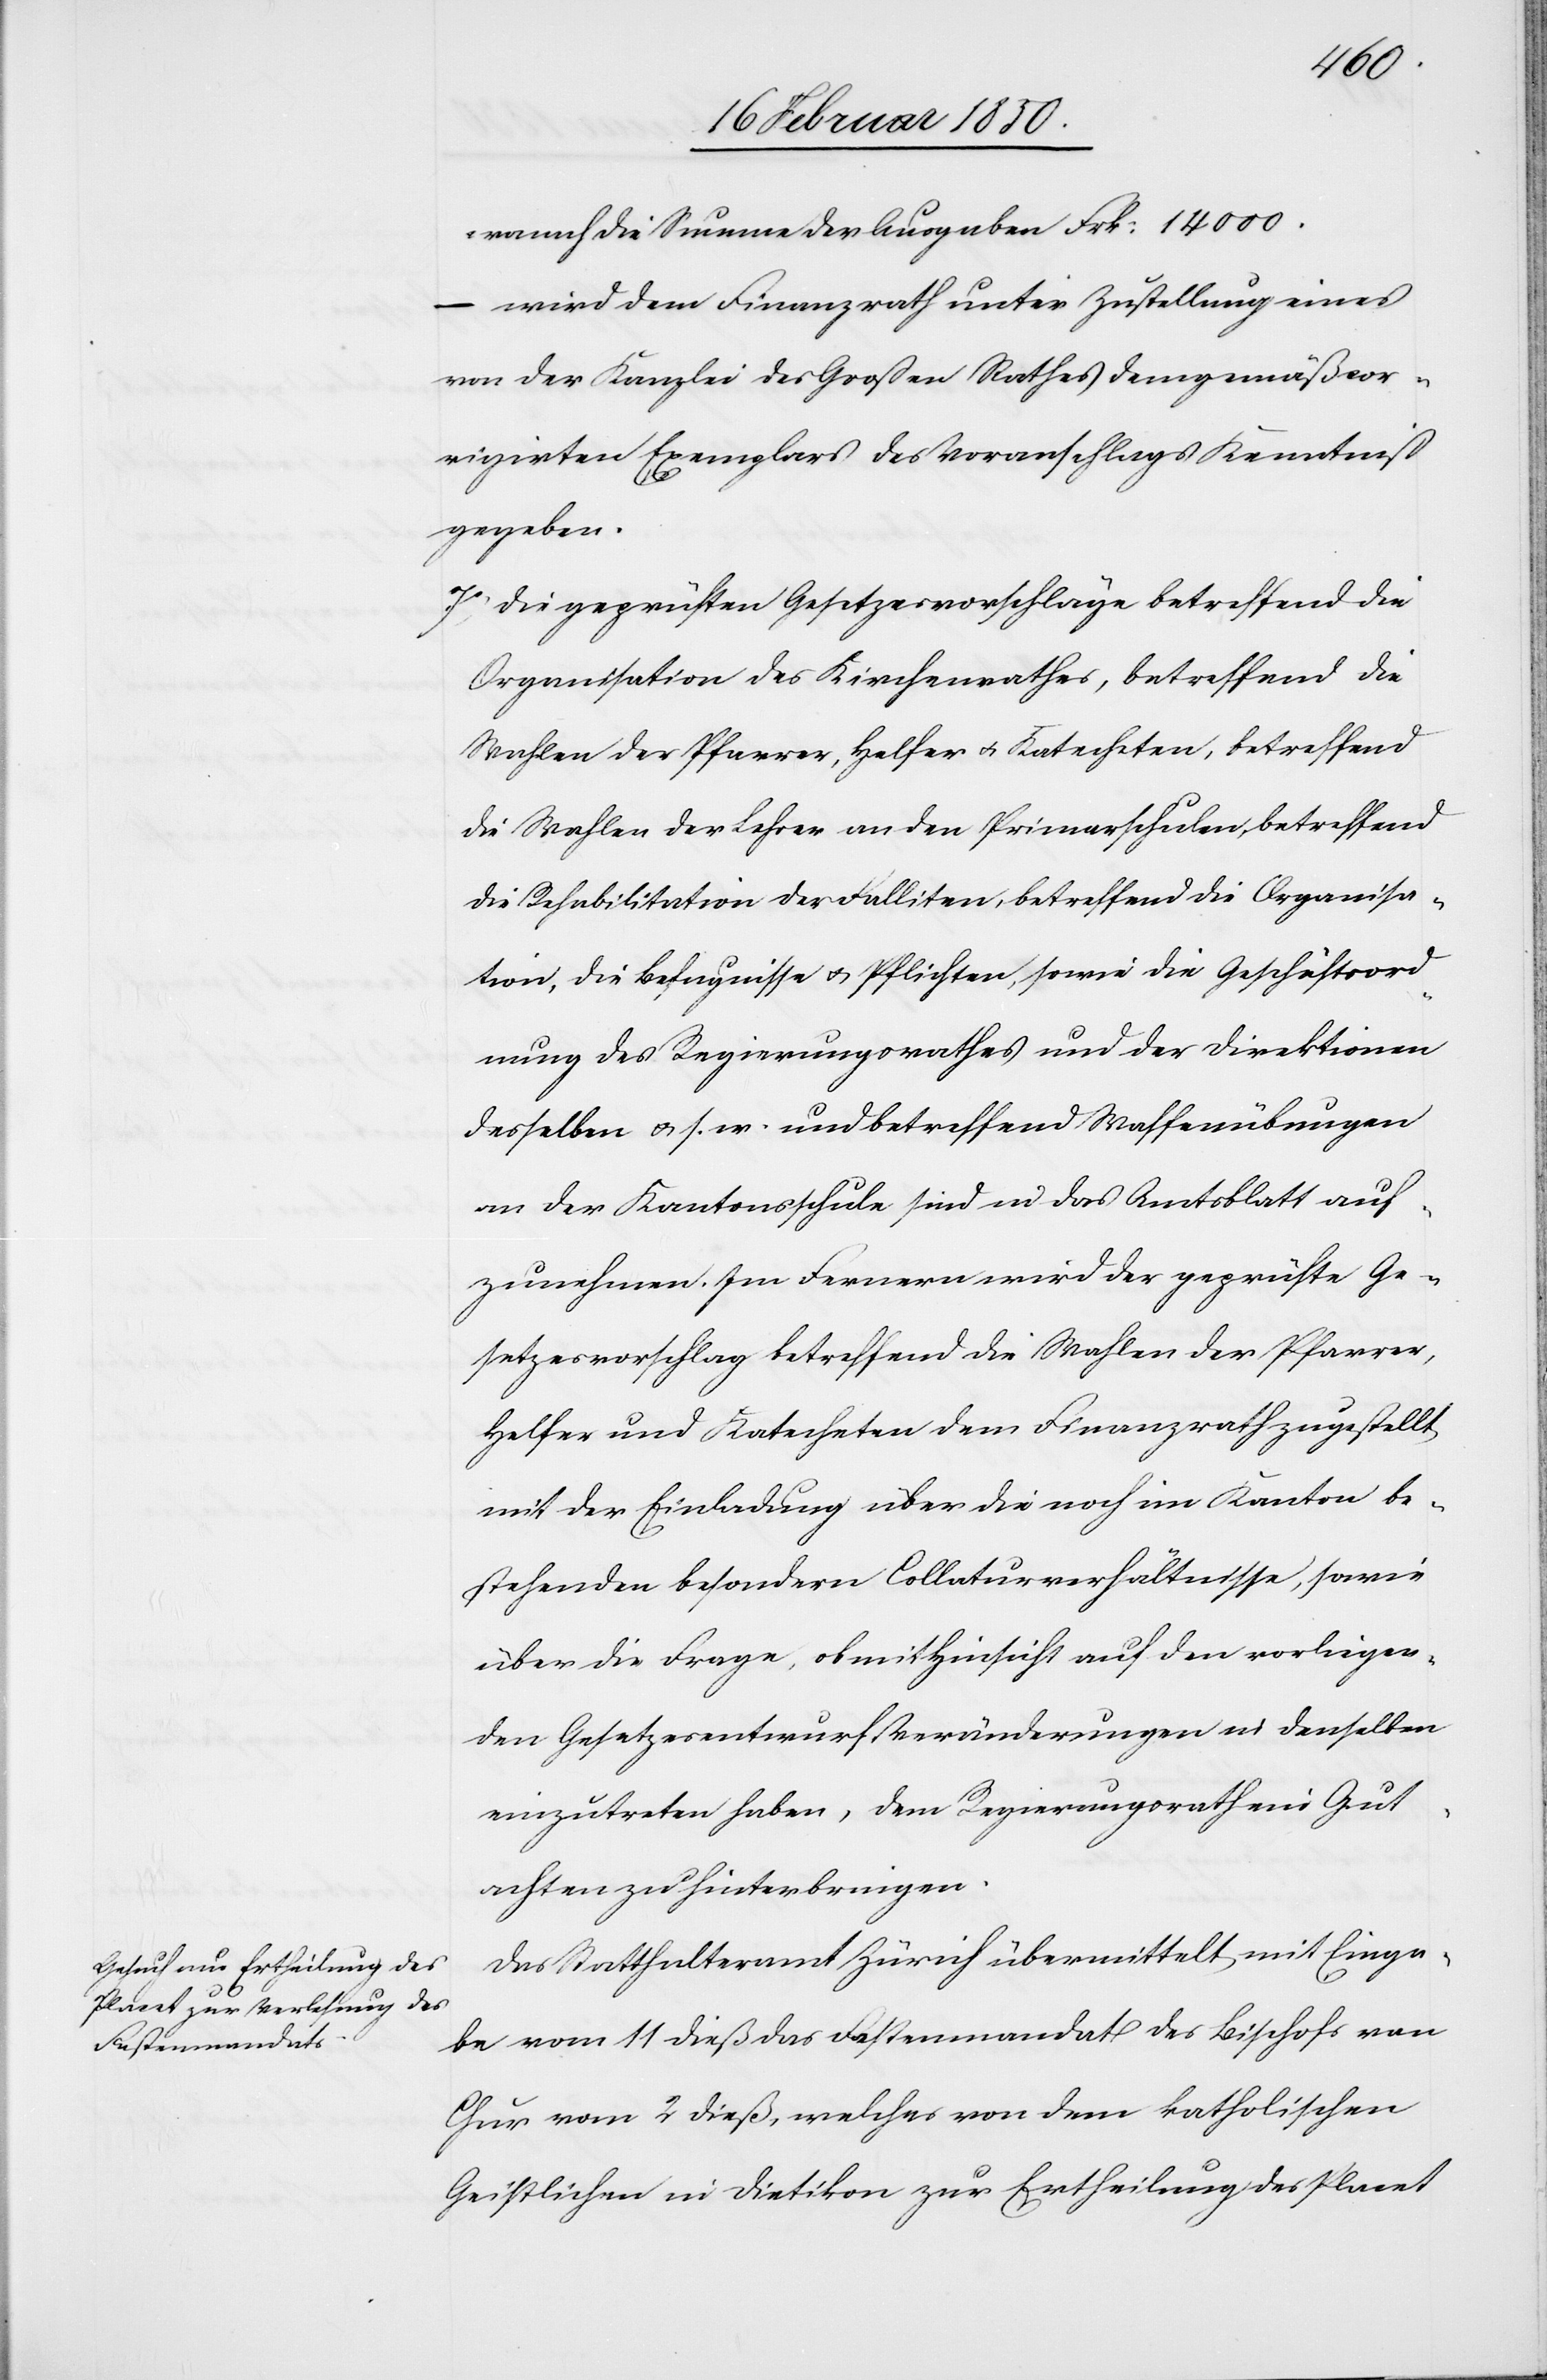
14000.
Summe
wird dem Finanzrath unter Zustellung eines
von der Kanzlei des Großen Rathes demgemäß cor¬
rigirten Exemplars des Voranschlags Kenntniß
gegeben.
7o die geprüften Gesetzesvorschläge betreffend die
Organisation des Kirchenrathes, betreffend die
Wahlen der Pfarrer, Helfer u. Katecheten, betreffend
die Wahlen der Lehrer an den Primarschulen, betreffend
die Rehabilitation der Falliten, betreffend die Organisa¬
tion, die Befugnisse u. Pflichten, sowie die Geschäftsord¬
nung des Regierungsrathes und der Direktionen
desselben u. s. w. und betreffend Waffenübungen
an der Kantonsschule sind in das Amtsblatt auf¬
zunehmen. Im Fernern wird der geprüfte Ge¬
setzesvorschlag betreffend die Wahlen der Pfarrer,
Helfer und Katecheten dem Finanzrath zugestellt
mit der Einladung über die noch im Kanton be¬
stehenden besondern Collaturverhältnisse, sowie
über die Frage, ob mit Hinsicht auf den vorliegen¬
den Gesetzesentwurf Veränderungen in denselben
einzutreten haben, dem Regierungsrath ein Gut¬
achten zu hinterbringen.
Das Statthalteramt Zürich übermittelt mit Einga¬
be vom 11 dieß das Fastenmandat des Bischofs von
Chur vom 2 dieß, welches von dem katholischen
Geistlichen in Dietikon zur Ertheilung des Placet